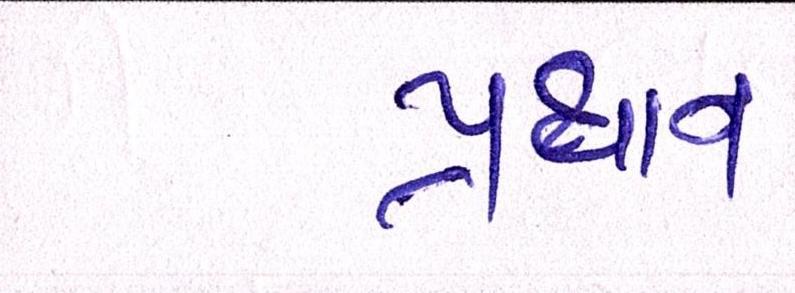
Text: પ્રથાન